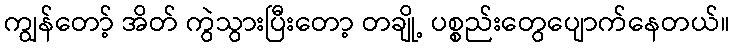
ကျွန်တော့် အိတ် ကွဲသွားပြီးတော့ တချို့ ပစ္စည်းတွေပျောက်နေတယ်။